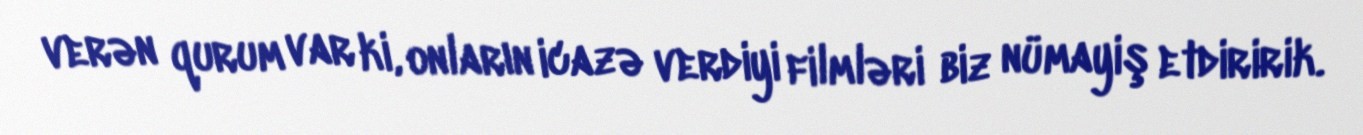
verən qurum var ki, onların icazə verdiyi filmləri biz nümayiş etdiririk.